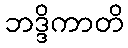
ဘဒ္ဒိကာတိ